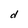
Character: d